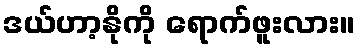
ဒယ်ဟာ့နိုကို ရောက်ဖူးလား။